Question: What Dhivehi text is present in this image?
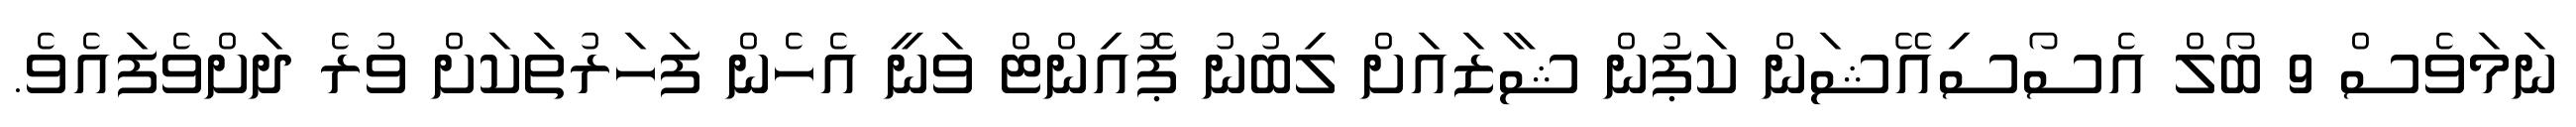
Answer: ނަމަވެސް 9 ބޯލް އެސޯސިއޭޝަން ކަޕުން ޝާޒައަށް ލިބުނު ޕޮއިންޓް ވަނީ އެހެން ފަހަރުތަކަށް ވުރެ ދަށްވެފައެވެ.